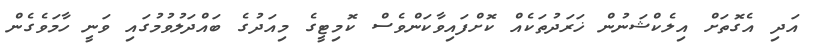
އަދި އެގޮތަށް އިލެކްޝަނުން ޚަރަދުތަކެއް ކޮށްފައިވާކަންވެސް ކޮމިޓީގެ މިއަދުގެ ބައްދަލުވުމުގައި ވަނީ ހާމަވެގެން